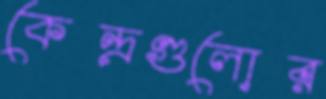
কেন্দ্রগুলোর